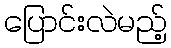
ပြောင်းလဲမည့်